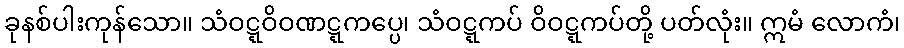
ခုနစ်ပါးကုန်သော။ သံဝဋ္ဋဝိဝဏဋ္ဋကပ္ပေ၊ သံဝဋ္ဋကပ် ဝိဝဋ္ဋကပ်တို့ ပတ်လုံး။ ဣမံ လောကံ၊